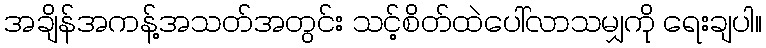
အချိန်အကန့်အသတ်အတွင်း သင့်စိတ်ထဲပေါ်လာသမျှကို ရေးချပါ။